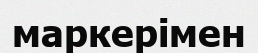
маркерімен